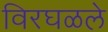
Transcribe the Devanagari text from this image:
विरघळले